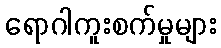
ရောဂါကူးစက်မှုများ